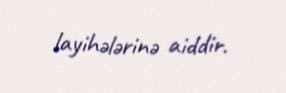
layihələrinə aiddir.